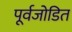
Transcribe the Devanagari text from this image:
पूर्वजोडित